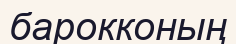
барокконың